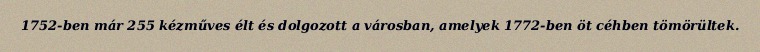
1752-ben már 255 kézműves élt és dolgozott a városban, amelyek 1772-ben öt céhben tömörültek.